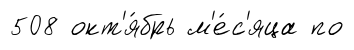
508 окт'я́брь м'е́с'яца по